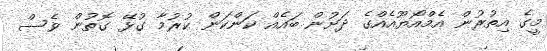
މީގެ އިތުރުން އެމްއޯޔޫއެއްގެ ދަށުން ބައެއް ކަންކަން ކުރުމާ ގުޅޭ ގޮތުން ވެސް